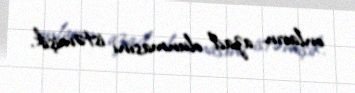
onların azad olunmasını istəmişik.